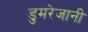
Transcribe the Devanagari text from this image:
डुमरेजानी